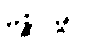
မစ္ဆဂုမ္ဗာပိ